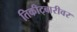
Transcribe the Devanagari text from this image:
तिकीट्बारीवर